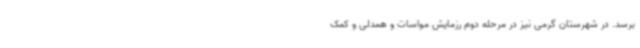
برسد. در شهرستان گرمی نیز در مرحله دوم رزمایش مواسات و همدلی و کمک